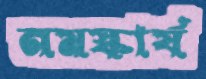
নমস্কার্য